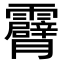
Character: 𮦾